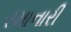
રમાનારી